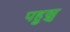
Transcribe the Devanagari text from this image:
पहुञ्च